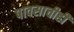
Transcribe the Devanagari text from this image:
पावसाचीही